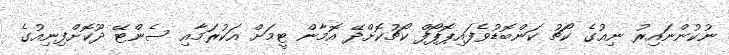
ނުކުންނައިރު ނިއުގެ ކޯޗު ކަންބޮޑުވެފައިޕޮޕޯފް ކޯޗުކޮށްދޭ އޮމާން ޓީމަށް އަކުރަމާއި ސެންޓޭ ދޫކޮށްފިނިއުގެ